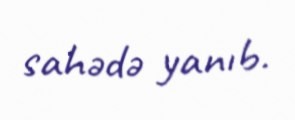
sahədə yanıb.